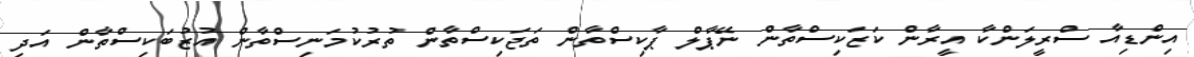
އިންޑިއާ ސްރީލަންކާ އީރާން ކަޒަކިސްތާން ނޭޕާލް ޕާކިސްތާން ތަޖަކިސްތާން ތުރުކުމަނިސްތާން އުޒުބަކިސްތާން އަދި